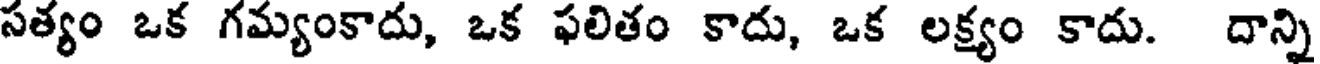
సత్యం ఒక గమ్యంకాదు, ఒక ఫలితం కాదు, ఒక లక్ష్యం కాదు. దాన్ని